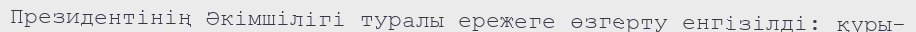
Президентінің Әкімшілігі туралы ережеге өзгерту енгізілді: қүры-